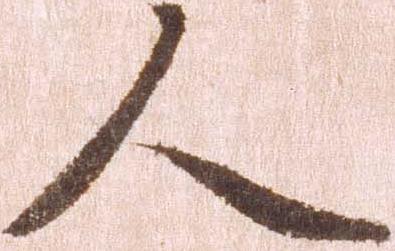
人